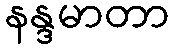
နန္ဒမာတာ